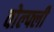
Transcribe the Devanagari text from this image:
वोल्फ्ली